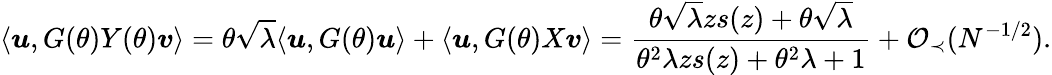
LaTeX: \langle{\boldsymbol u},G(\theta)Y(\theta){\boldsymbol v}\rangle=\theta\sqrt{\lambda}\langle{\boldsymbol u},G(\theta){\boldsymbol u}\rangle+\langle{\boldsymbol u},G(\theta)X{\boldsymbol v}\rangle=\frac{\theta\sqrt{\lambda}zs(z)+\theta\sqrt{\lambda}}{\theta^{2}\lambda zs(z)+\theta^{2}\lambda+1}+{\mathcal O}_{\prec}(N^{-1/2}).